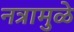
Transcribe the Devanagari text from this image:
नत्रामुळे